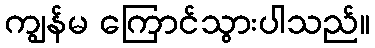
ကျွန်မ ကြောင်သွားပါသည်။